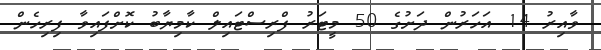
ވާއިރު 14 އަހަރުން ދަށުގެ 50 މީޓަރު ފްރިސްޓައިލް ކާމިޔާބު ކޮށްފައިވާ ފިރިހެން